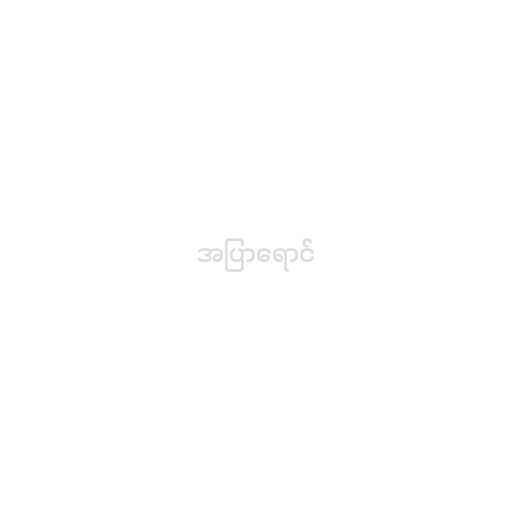
အပြာရောင်